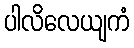
ပါလိလေယျကံ